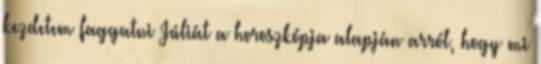
kezdetem faggatni Júliát a horoszkópja alapján arról, hogy mi